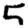
Digit: 5